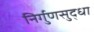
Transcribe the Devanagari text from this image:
निर्गुणसुद्धा